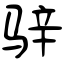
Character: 骍